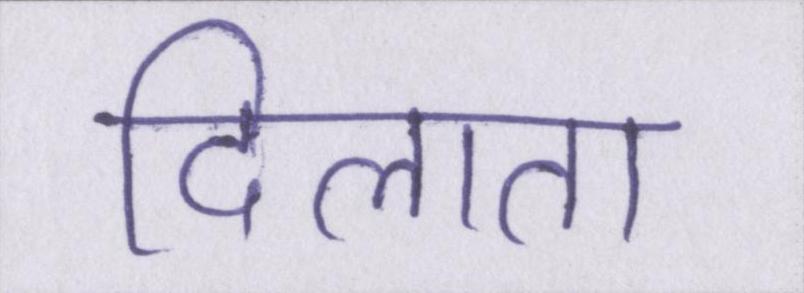
दिलाता